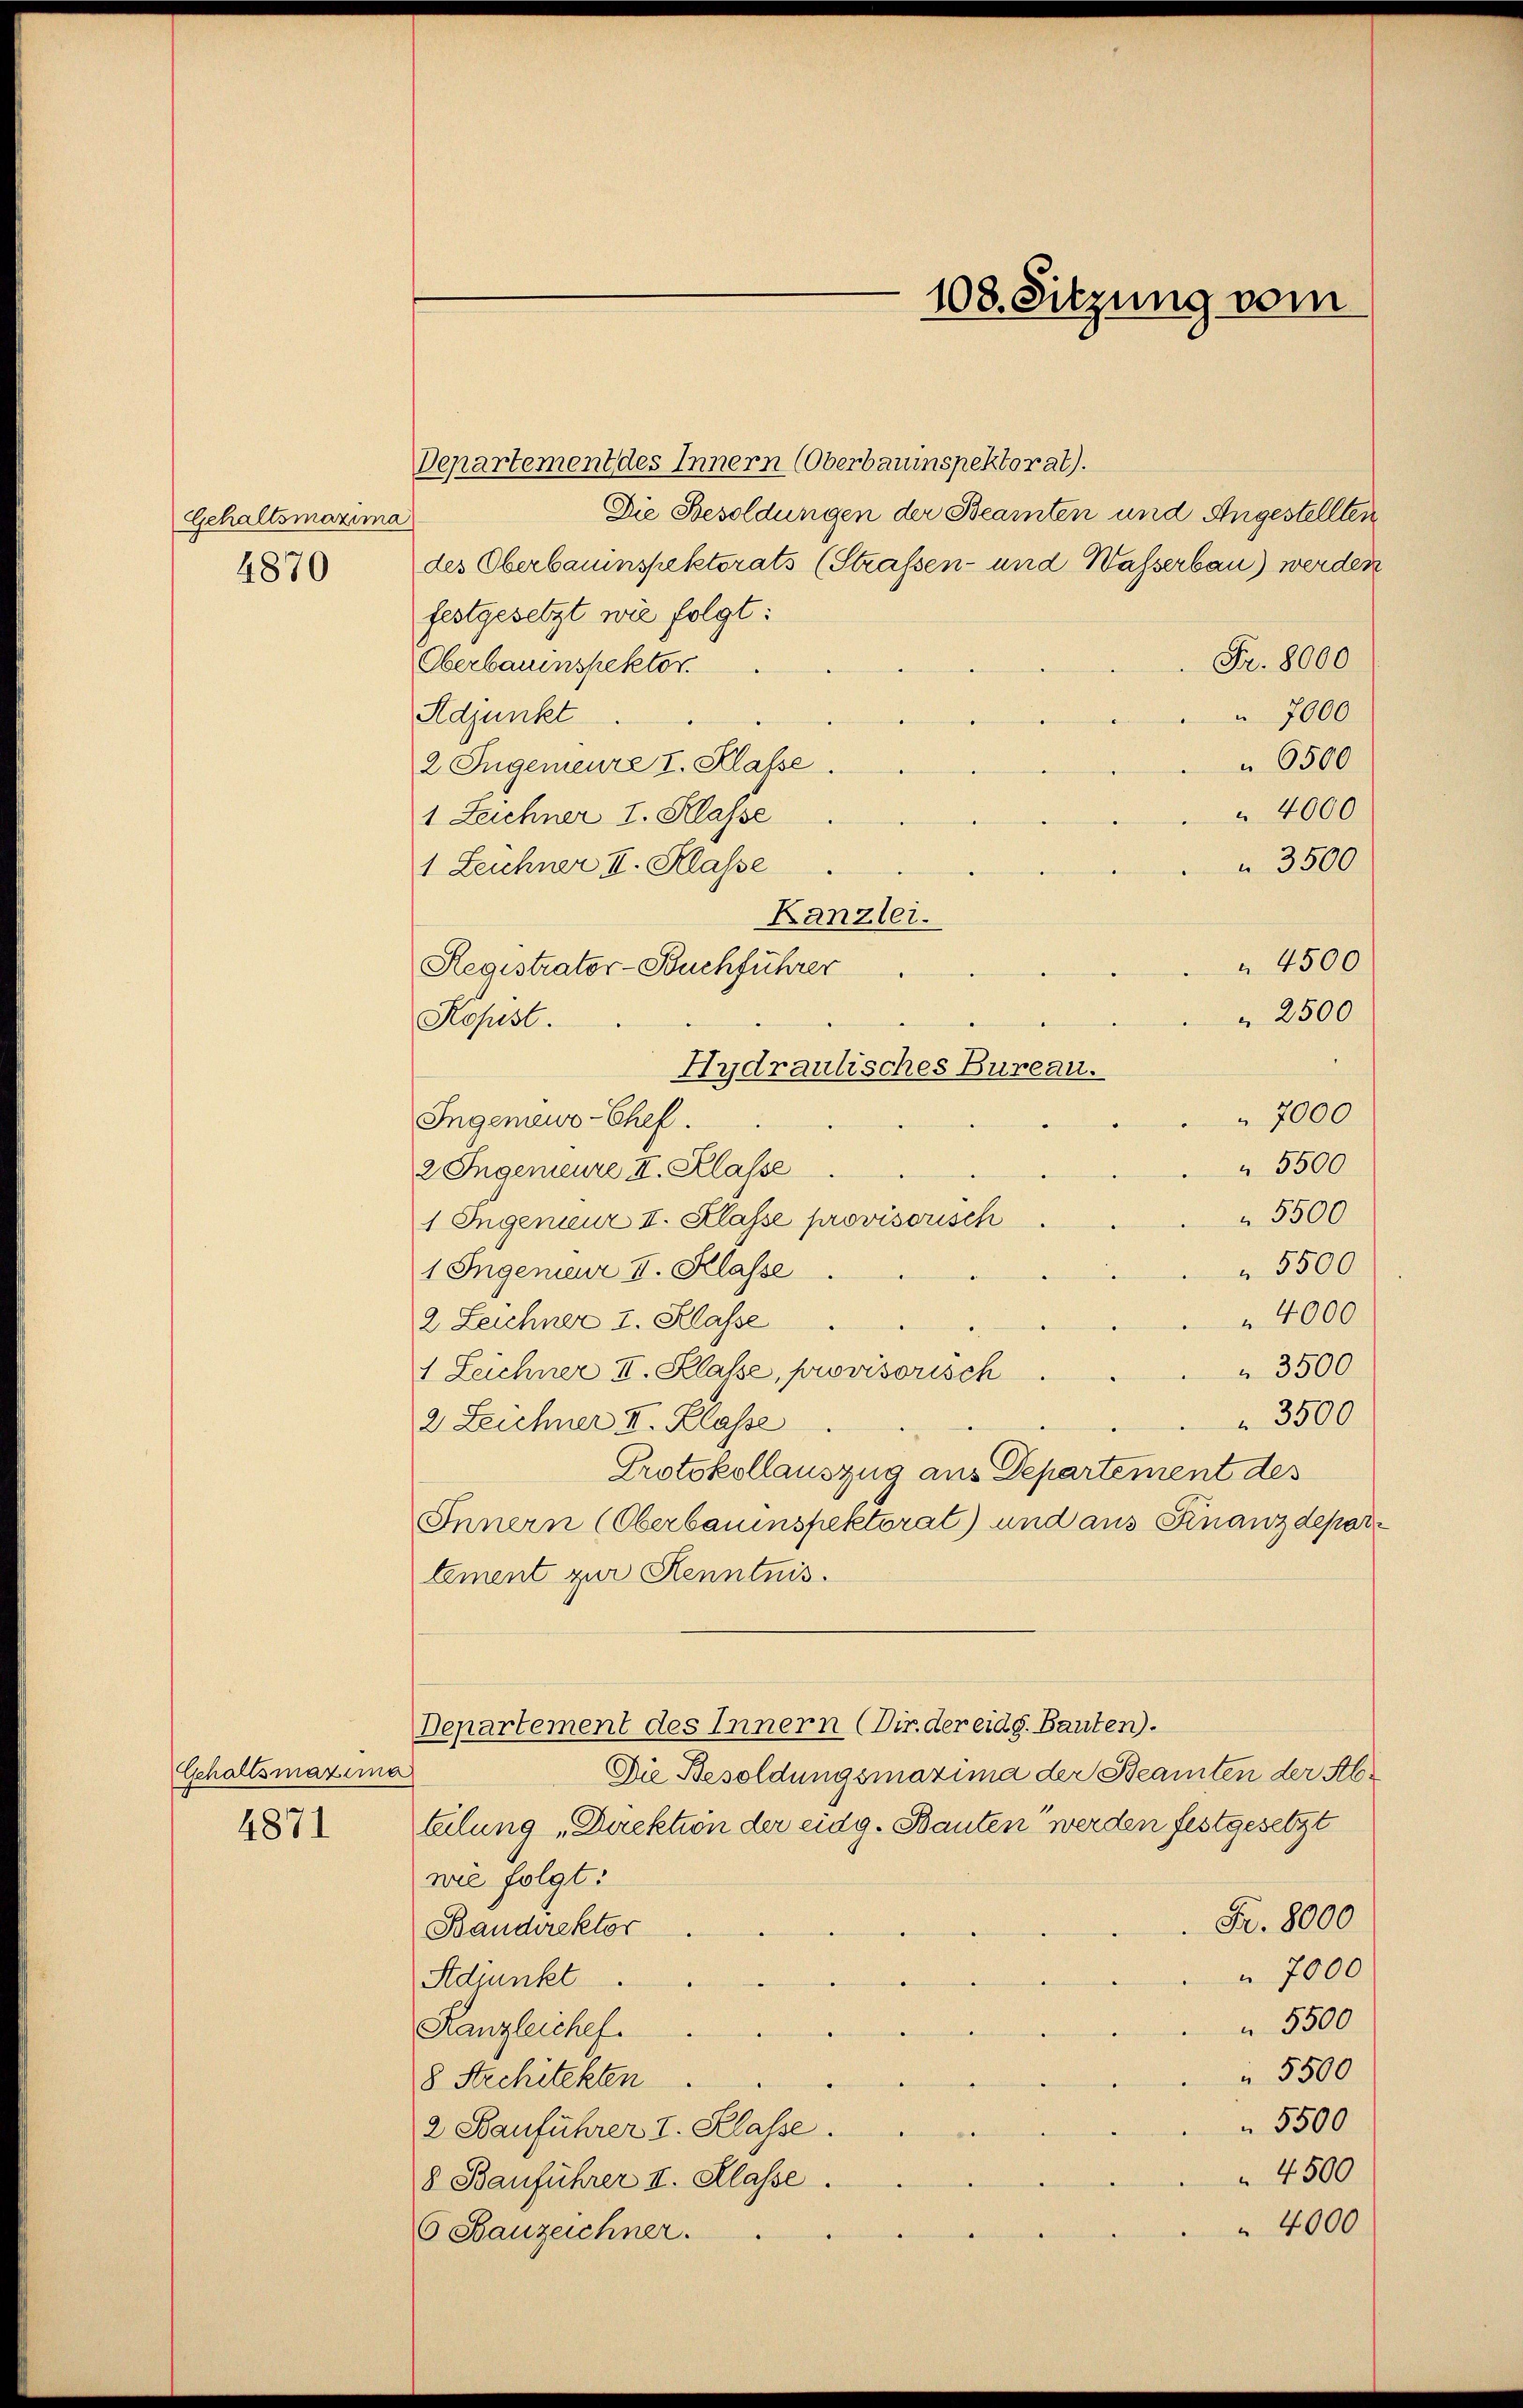
Gehaltsmaxim
4870

Gehaltsmaxima
4871

Departement des Innern (Oberbauinspektorat).
Die Besoldungen der Beamten und Angestellten
2)
des Oberbauinspektorats (Strassen- und Wasserbau) werden
festgesetzt wie folgt:
Fr. 8000
Oberbauinspektor.
 7000
Adjunkt
6500
2 Ingemeure I. Klasse.
4000
1 Zeichner I. Klasse
 3500
1 Leichner II. Klasse
Kanzlei.
4500
Registrator-Buchführer
" 2500
Kopist.
Hydraulisches Bureau.
7000
Ingemewo-Chef.
 5500
2 Ingenieure II. Klasse
 5500
1 Ingenieur II. Klasse provisorisch
 5500
1 Ingenieur I. Klasse
4000
2 Leichner I. Klasse
 3500
1 Zeichner II. Klasse, provisorisch.
 3500
2 Leichner II. Klasse
Protokollauszug aus Departement des
Innern (Oberbauinspektorat) und aus Finanzdepartement zur Kenntnis.
Departement des Innern (Dir. der eidg. Bauten).
Die Besoldungsmaxima der Beamten der Abtelung „Direktion der eidg. Bauten werden festgesetzt
wie folgt:
Fr. 8000
Bandirektor
7000
Adjunkt
 5500
Kanzleichef.
 5500
8 Stechitekten
 5500
2 Bauführer I. Klasse.
4500
8 Bauführer II. Klasse.
4000
6 Bauzeichner.

108. Sitzung vom